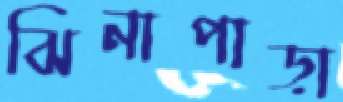
ঝিনাপাড়া